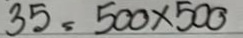
35 = 500 x 500